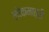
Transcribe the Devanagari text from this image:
लोकमात्री